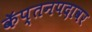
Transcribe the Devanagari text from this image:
कॅप्तनपदावर